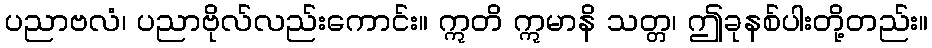
ပညာဗလံ၊ ပညာဗိုလ်လည်းကောင်း။ ဣတိ ဣမာနိ သတ္တ၊ ဤခုနစ်ပါးတို့တည်း။